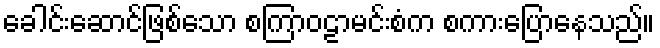
ခေါင်းဆောင်ဖြစ်သော စကြာဝဠာမင်းစံက စကားပြောနေသည်။